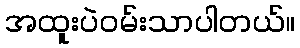
အထူးပဲဝမ်းသာပါတယ်။